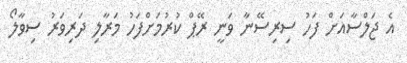
އެ ޖަލްސާއަށް ފަހު ސިރިސޭނާ ވަނީ ރޭޕް ކުރުމަށްފަހު މަރާލި ދަރިވަރު ސިވާލޯ